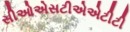
સીઓએસટીએએટીટી